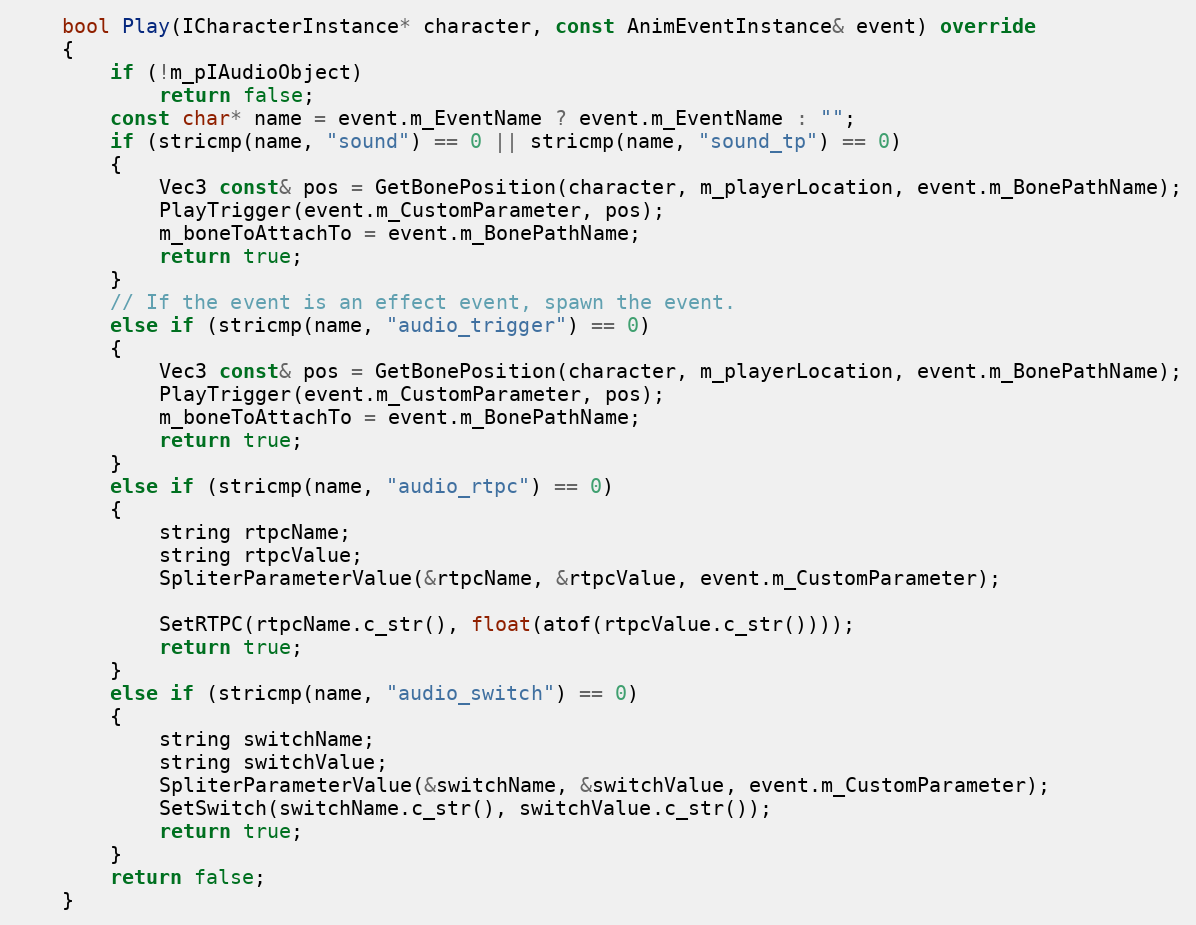
Language: C++
	bool Play(ICharacterInstance* character, const AnimEventInstance& event) override
	{
		if (!m_pIAudioObject)
			return false;
		const char* name = event.m_EventName ? event.m_EventName : "";
		if (stricmp(name, "sound") == 0 || stricmp(name, "sound_tp") == 0)
		{
			Vec3 const& pos = GetBonePosition(character, m_playerLocation, event.m_BonePathName);
			PlayTrigger(event.m_CustomParameter, pos);
			m_boneToAttachTo = event.m_BonePathName;
			return true;
		}
		// If the event is an effect event, spawn the event.
		else if (stricmp(name, "audio_trigger") == 0)
		{
			Vec3 const& pos = GetBonePosition(character, m_playerLocation, event.m_BonePathName);
			PlayTrigger(event.m_CustomParameter, pos);
			m_boneToAttachTo = event.m_BonePathName;
			return true;
		}
		else if (stricmp(name, "audio_rtpc") == 0)
		{
			string rtpcName;
			string rtpcValue;
			SpliterParameterValue(&rtpcName, &rtpcValue, event.m_CustomParameter);

			SetRTPC(rtpcName.c_str(), float(atof(rtpcValue.c_str())));
			return true;
		}
		else if (stricmp(name, "audio_switch") == 0)
		{
			string switchName;
			string switchValue;
			SpliterParameterValue(&switchName, &switchValue, event.m_CustomParameter);
			SetSwitch(switchName.c_str(), switchValue.c_str());
			return true;
		}
		return false;
	}